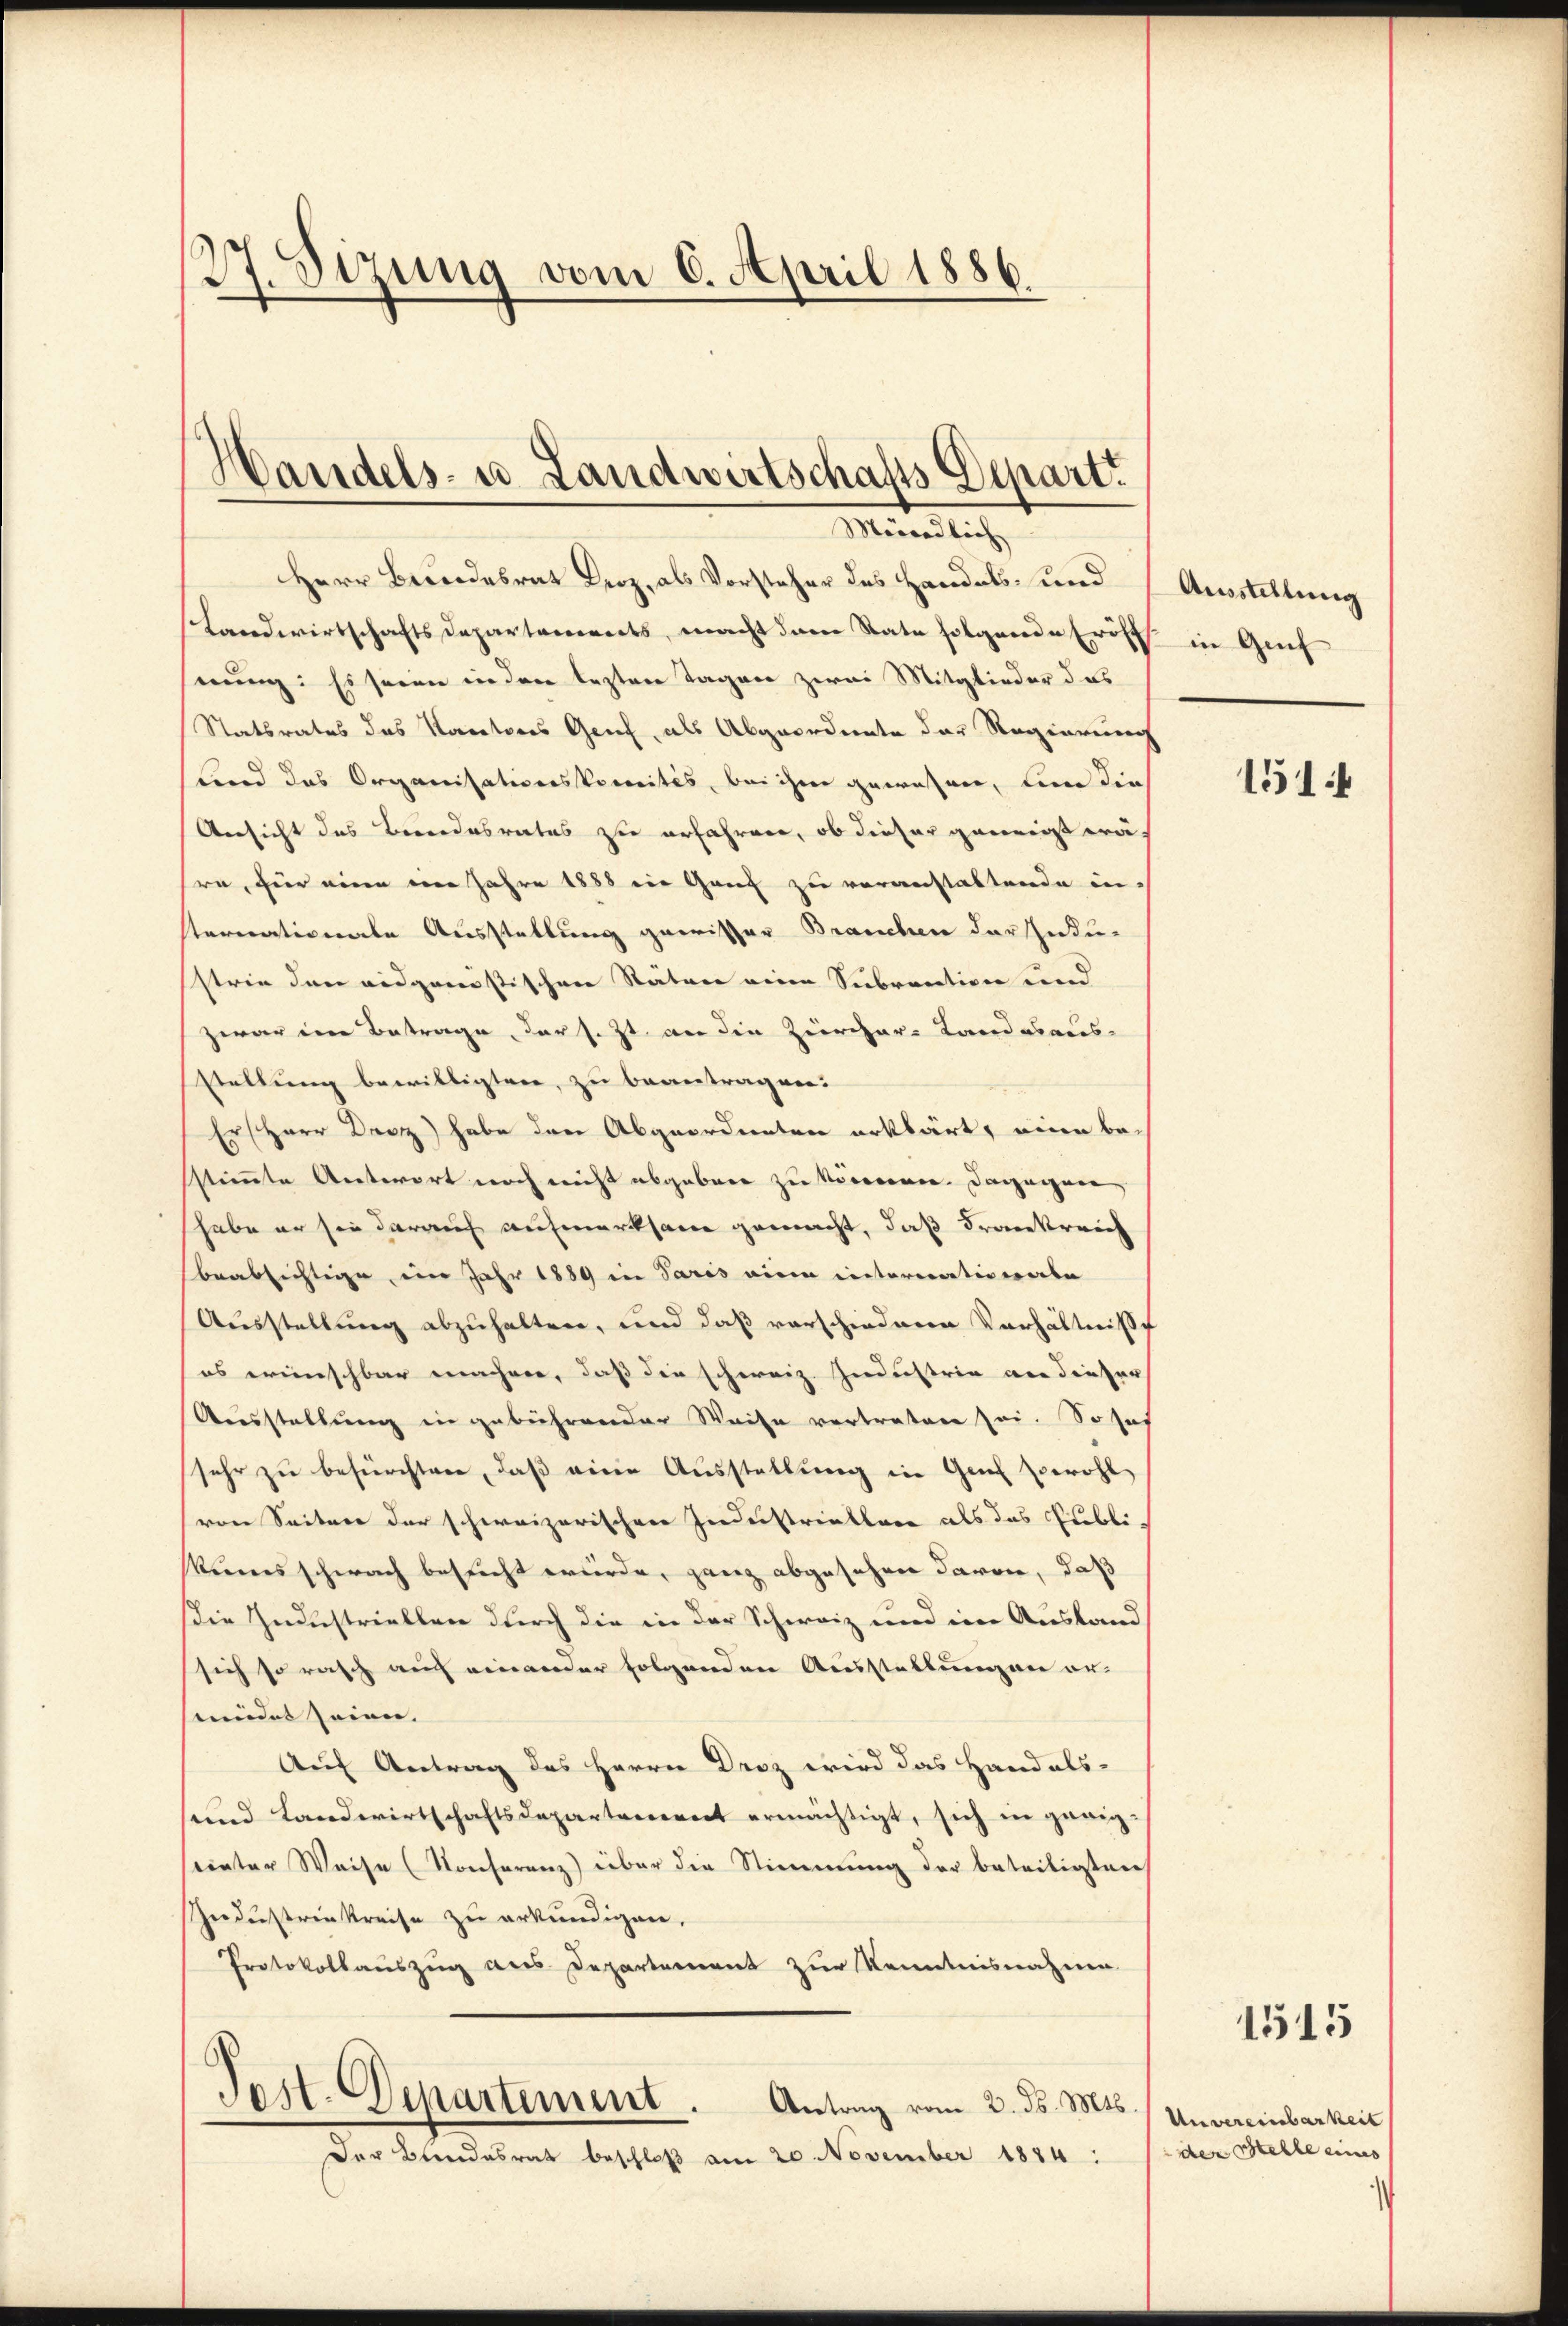
27. Sizung vom 6. April 1886.

Herr Besondesrat Droz, als Vorsteher des Handels- und Ausstellung
Landwirtschafts Departements, macht dem Rate folgende Eröfft in Guif
nung: Es seien in den besten Tagen zwei Mitglieder das
Statsrates das Kartores Genf, als Abgeordente der Regierung
Land das Organisationskomités, bei ihm gewohner, wenn die
Unsicht des Berndesrates zu erfahren, ob dieser geneigt wäre, für eine eine Jahre 1888 ein Genf zu voranstaltende in-
ternationale Ausstellung gewisser Brauchen der Indu-
strie dann eidgenostischen Statuer meine Seebraction und
zwar ein Betrage, der s. Zt. an die Zierchar-Landesaus-
Stellung bewilligten, zu beantragen.
ErHerr Droz) habe den Abgeordneten erklärt, eine besstimmte Antwort noch nicht abgebene zu können. Dagegnen,
habe er sie darauf aufmerksam gemacht, daß Frankreich
beabsichtige im Jahr 1889 in Paris eine internationale
Ausstellung abzuhalten, und daß vorschiedenen Verhältnisse
es wünschbar machen, daß die schweiz. Industria an dieser
Ausstellung in gebührender Weise vertreten sei. So seh
sehr zu befürchten, daß eine Ausstellung in Genf sowohl
von Seitere der schweizerischen Jederstreiklare als das Publi,
Rumsschwach besucht wurde, ganz abgesehen davon, daß
Die Industriellen durch die in der Schweiz und eine Ausland
sich so rasch auch einander folgenden Ausstellungen er-
seidet seien. |
Auf Antrag des Herrn Droz wird das Handels-
und Landwirtschaftsdepartement ermächtigt, sich in geeig-
seinter Weise (Konferenz über die Stimmung der beteiligten
Industrinkreise zu erkundigen.
Protokollauszug aus Departement zur Kenntnisnahme
.
Test. Departement.
Antrag vom 2. ds. Mts.
Der Bundesrat beschloß am 20. November 1884 :

Handels- u. Landwirtschafts Depart.
Möndlich

151

1515

Unvereinbarkeit
der Stelle eines |